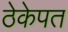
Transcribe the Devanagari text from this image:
ठेकेपत